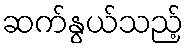
ဆက်နွယ်သည့်